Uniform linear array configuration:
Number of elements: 4
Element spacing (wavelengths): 0.5
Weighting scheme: exponential
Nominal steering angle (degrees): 30
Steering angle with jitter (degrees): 28.683
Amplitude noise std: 0.05
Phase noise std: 0.05

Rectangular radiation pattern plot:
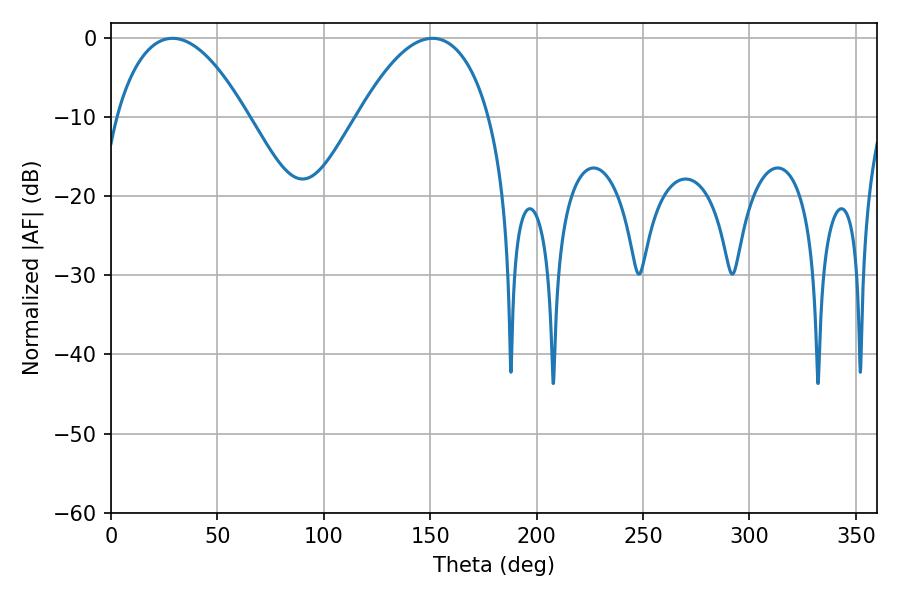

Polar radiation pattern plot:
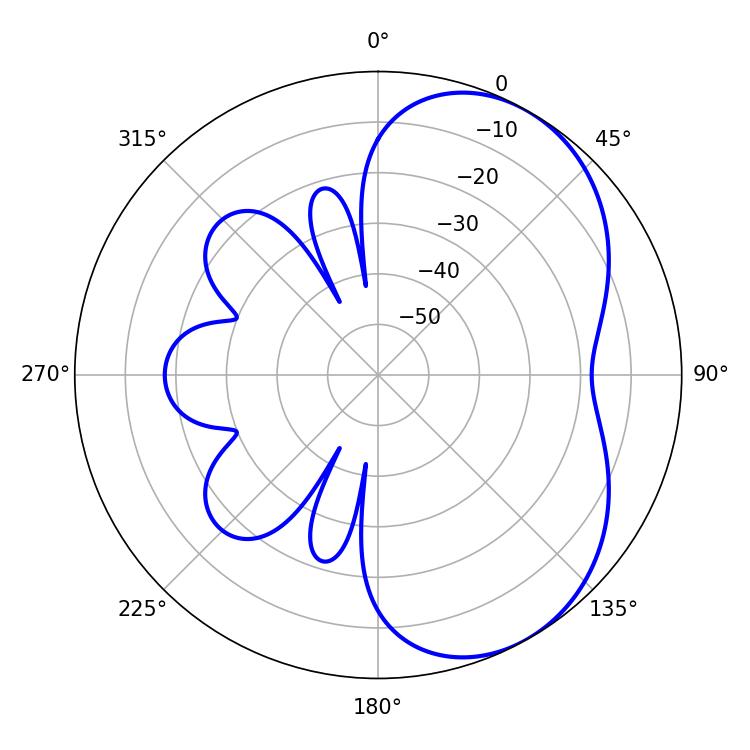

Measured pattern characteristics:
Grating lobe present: FALSE
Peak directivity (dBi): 4.917
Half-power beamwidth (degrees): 34.38
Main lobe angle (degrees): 28.98